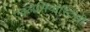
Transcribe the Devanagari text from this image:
एक्लेसियास्टिसी